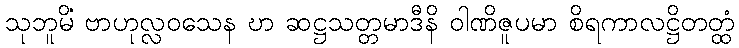
သုဘူမိံ ဗာဟုလ္လဝသေန ဎာ ဆဋ္ဌသတ္တမာဒီနိ ဝါဏိဇူပမာ စိရကာလဋ္ဌိတတ္ထံ